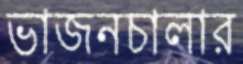
ভাজনচালার